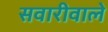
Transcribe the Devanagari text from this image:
सवारीवाले